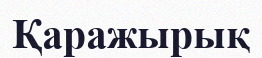
Қаражырық